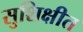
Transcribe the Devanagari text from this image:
सुशिक्षीत